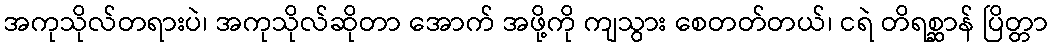
အကုသိုလ်တရားပဲ၊ အကုသိုလ်ဆိုတာ အောက် အဖို့ကို ကျသွား စေတတ်တယ်၊ ငရဲ တိရစ္ဆာန် ပြိတ္တာ